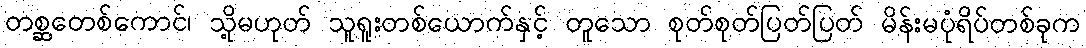
တစ္ဆတေစ်ကောင်၊ သို့မဟုတ် သူရူးတစ်ယောက်နှင့် တူသော စုတ်စုတ်ပြတ်ပြတ် မိန်းမပုံရိပ်တစ်ခုက